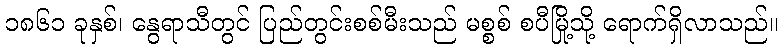
၁၈၆၁ ခုနှစ်၊ နွေရာသီတွင် ပြည်တွင်းစစ်မီးသည် မစ္စစ် စပီမြို့သို့ ရောက်ရှိလာသည်။